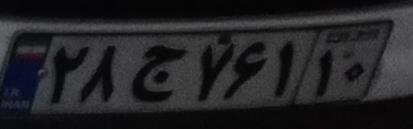
۲۸ج۷۶۱۱۰